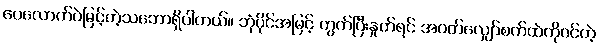
ပေလောက်ပဲမြင့်တဲ့သဘောရှိပါတယ်။ ဘုံပိုင်အမြင့် တွက်ပြီးနှုတ်ရင် အဝတ်လျှော်စက်ထဲကိုဝင်တဲ့